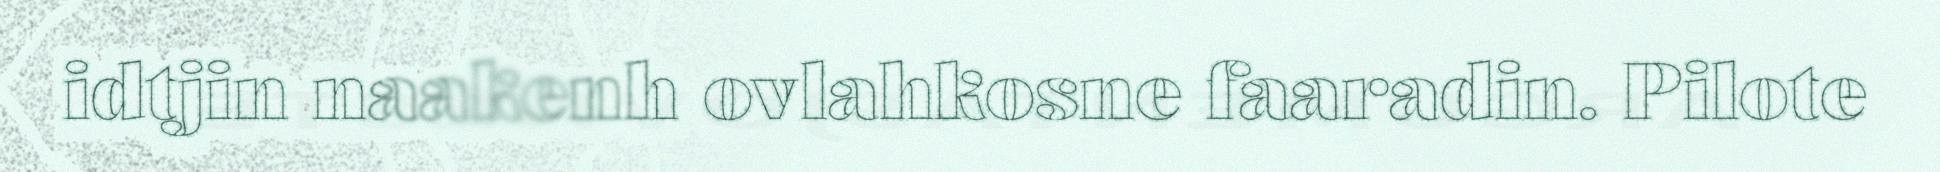
idtjin naakenh ovlahkosne faaradin. Pilote